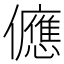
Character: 㒣